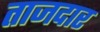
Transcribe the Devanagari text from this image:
ताजदार